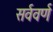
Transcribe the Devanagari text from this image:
सर्ववर्ण